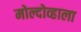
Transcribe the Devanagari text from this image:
मोल्दोव्हाला